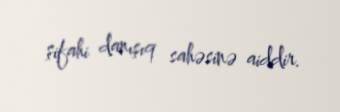
şifahi danışıq sahəsinə aiddir.